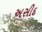
અસીદ